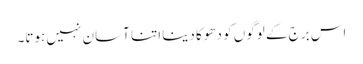
اس برج کے لوگوں کو دھوکا دینا اتنا آسان نہیں ہوتا۔